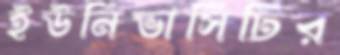
ইউনিভার্সিটির